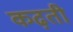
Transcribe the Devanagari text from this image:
कढ़ती